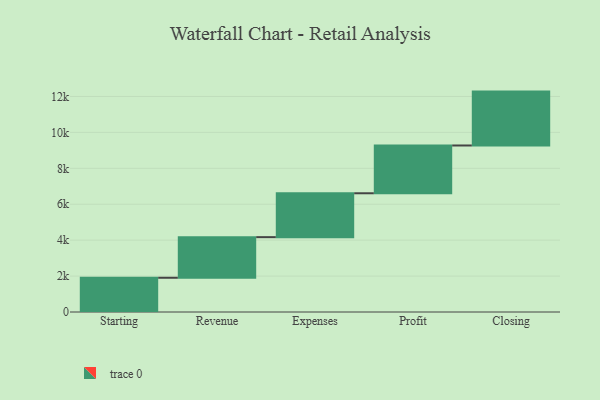
{"axis": {"x": "Step", "y": "Value"}, "legend": [""], "data": [{"x": "Starting", "y": 1906.0, "type": ""}, {"x": "Revenue", "y": 2261.0, "type": ""}, {"x": "Expenses", "y": 2443.0, "type": ""}, {"x": "Profit", "y": 2660.0, "type": ""}, {"x": "Closing", "y": 3000, "type": ""}]}